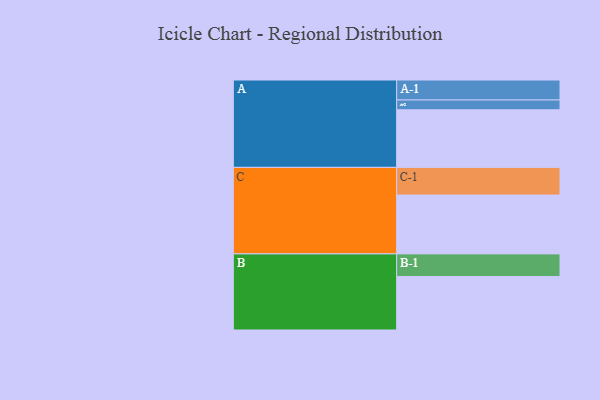
{"axis": {"x": "Segment", "y": "Value"}, "legend": ["", "A", "B", "C"], "data": [{"x": "A", "y": 516, "type": ""}, {"x": "B", "y": 479, "type": ""}, {"x": "C", "y": 527, "type": ""}, {"x": "A-1", "y": 179, "type": "A"}, {"x": "A-2", "y": 88, "type": "A"}, {"x": "B-1", "y": 203, "type": "B"}, {"x": "C-1", "y": 248, "type": "C"}]}